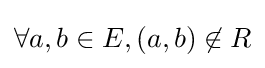
\forall a,b\in E,(a,b)\not \in R